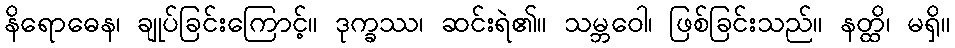
နိရောဓေန၊ ချုပ်ခြင်းကြောင့်။ ဒုက္ခဿ၊ ဆင်းရဲ၏။ သမ္ဘဝေါ၊ ဖြစ်ခြင်းသည်။ နတ္ထိ၊ မရှိ။